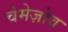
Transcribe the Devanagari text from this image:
चेमेज़ोव